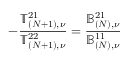
- \frac { \mathbb { T } _ { ( N + 1 ) , \nu } ^ { 2 1 } } { \mathbb { T } _ { ( N + 1 ) , \nu } ^ { 2 2 } } = \frac { \mathbb { B } _ { ( N ) , \nu } ^ { 2 1 } } { \mathbb { B } _ { ( N ) , \nu } ^ { 1 1 } }